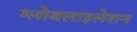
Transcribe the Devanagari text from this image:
ग्‍लोबलाइलेशन